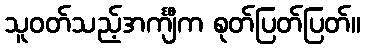
သူဝတ်သည့်အင်္ကျီက စုတ်ပြတ်ပြတ်။